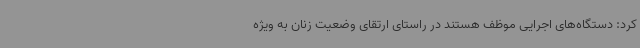
کرد: دستگاه‌های اجرایی موظف هستند در راستای ارتقای وضعیت زنان به ویژه